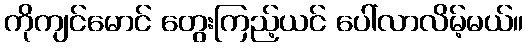
ကိုကျင်မောင် တွေးကြည့်ယင် ပေါ်လာလိမ့်မယ်။